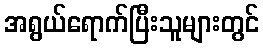
အရွယ်ရောက်ပြီးသူများတွင်